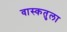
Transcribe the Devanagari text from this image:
वास्कतुला